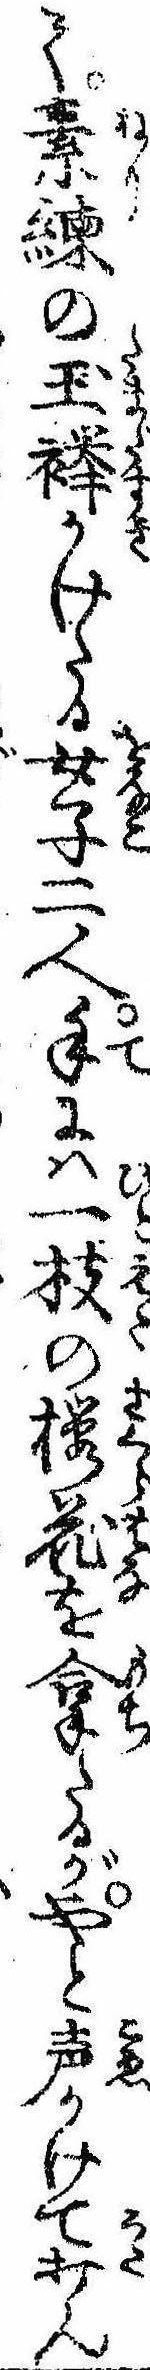
て素練の玉襷かけたる女子二人手には一枝の桜花を拿たるがやと声かけて打ん